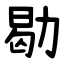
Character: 㔠